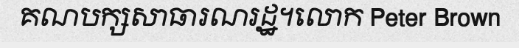
គណបក្សសាធារណរដ្ឋ។លោក Peter Brown